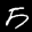
Label: 5